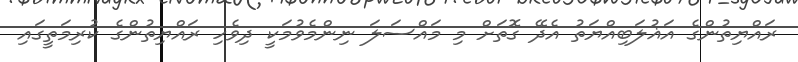
ރައްޔިތުންގެ އަޣުލަބިއްޔަތު އެދޭ ގޮތަށް މި މައްސަލަ ނިންމެވުމަކީ ދިވެހި ރައްޔިތުންގެ ކުރިމަތީގައި